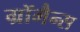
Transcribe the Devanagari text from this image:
ग्रॉमैन्स